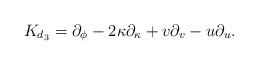
LaTeX: \begin{align*}{K}_{d_3}=\partial_\phi -2\kappa \partial_{\kappa }+v\partial_v-u\partial_u.\end{align*}